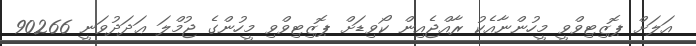
އަލަށް ޕޮޒިޓިވްވީ މީހުންނާއެކު ރާއްޖެއިން ކޯވިޑަށް ޕޮޒިޓިވްވި މީހުންގެ ޖުމްލަ ޢަދަދުވަނީ 90266